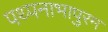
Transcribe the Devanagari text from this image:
पथ्पनाभापुरम